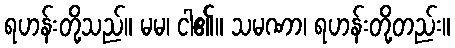
ရဟန်းတို့သည်။ မမ၊ ငါ၏။ သမဏာ၊ ရဟန်းတို့တည်း။